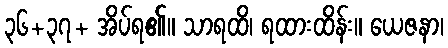
၃၆+၃၇+ အိပ်ရ၏။ သာရထိ၊ ရထားထိန်း။ ယေဇနာ၊